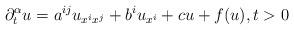
LaTeX: \begin{align*} \partial^{\alpha}_tu=a^{ij}u_{x^ix^j}+b^iu_{x^i}+cu+f(u), t>0 \end{align*}